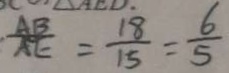
\frac { A B } { A E } = \frac { 1 8 } { 1 5 } = \frac { 6 } { 5 }